Vaccination in the Punjab 1897-1904 - 1897-1904
Year: 1897
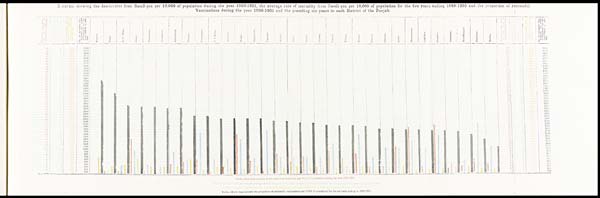
Diagram showing the death-rates from Small-pox per 10,000 of population during the year 1900-1901, the average rate of mortality from Small-pox per 10,000 of population for the five years ending 1899-1300 and the proportion of successful
Vaccinations during the year 1900-1901 and the preceding six years in each District of the Punjab.